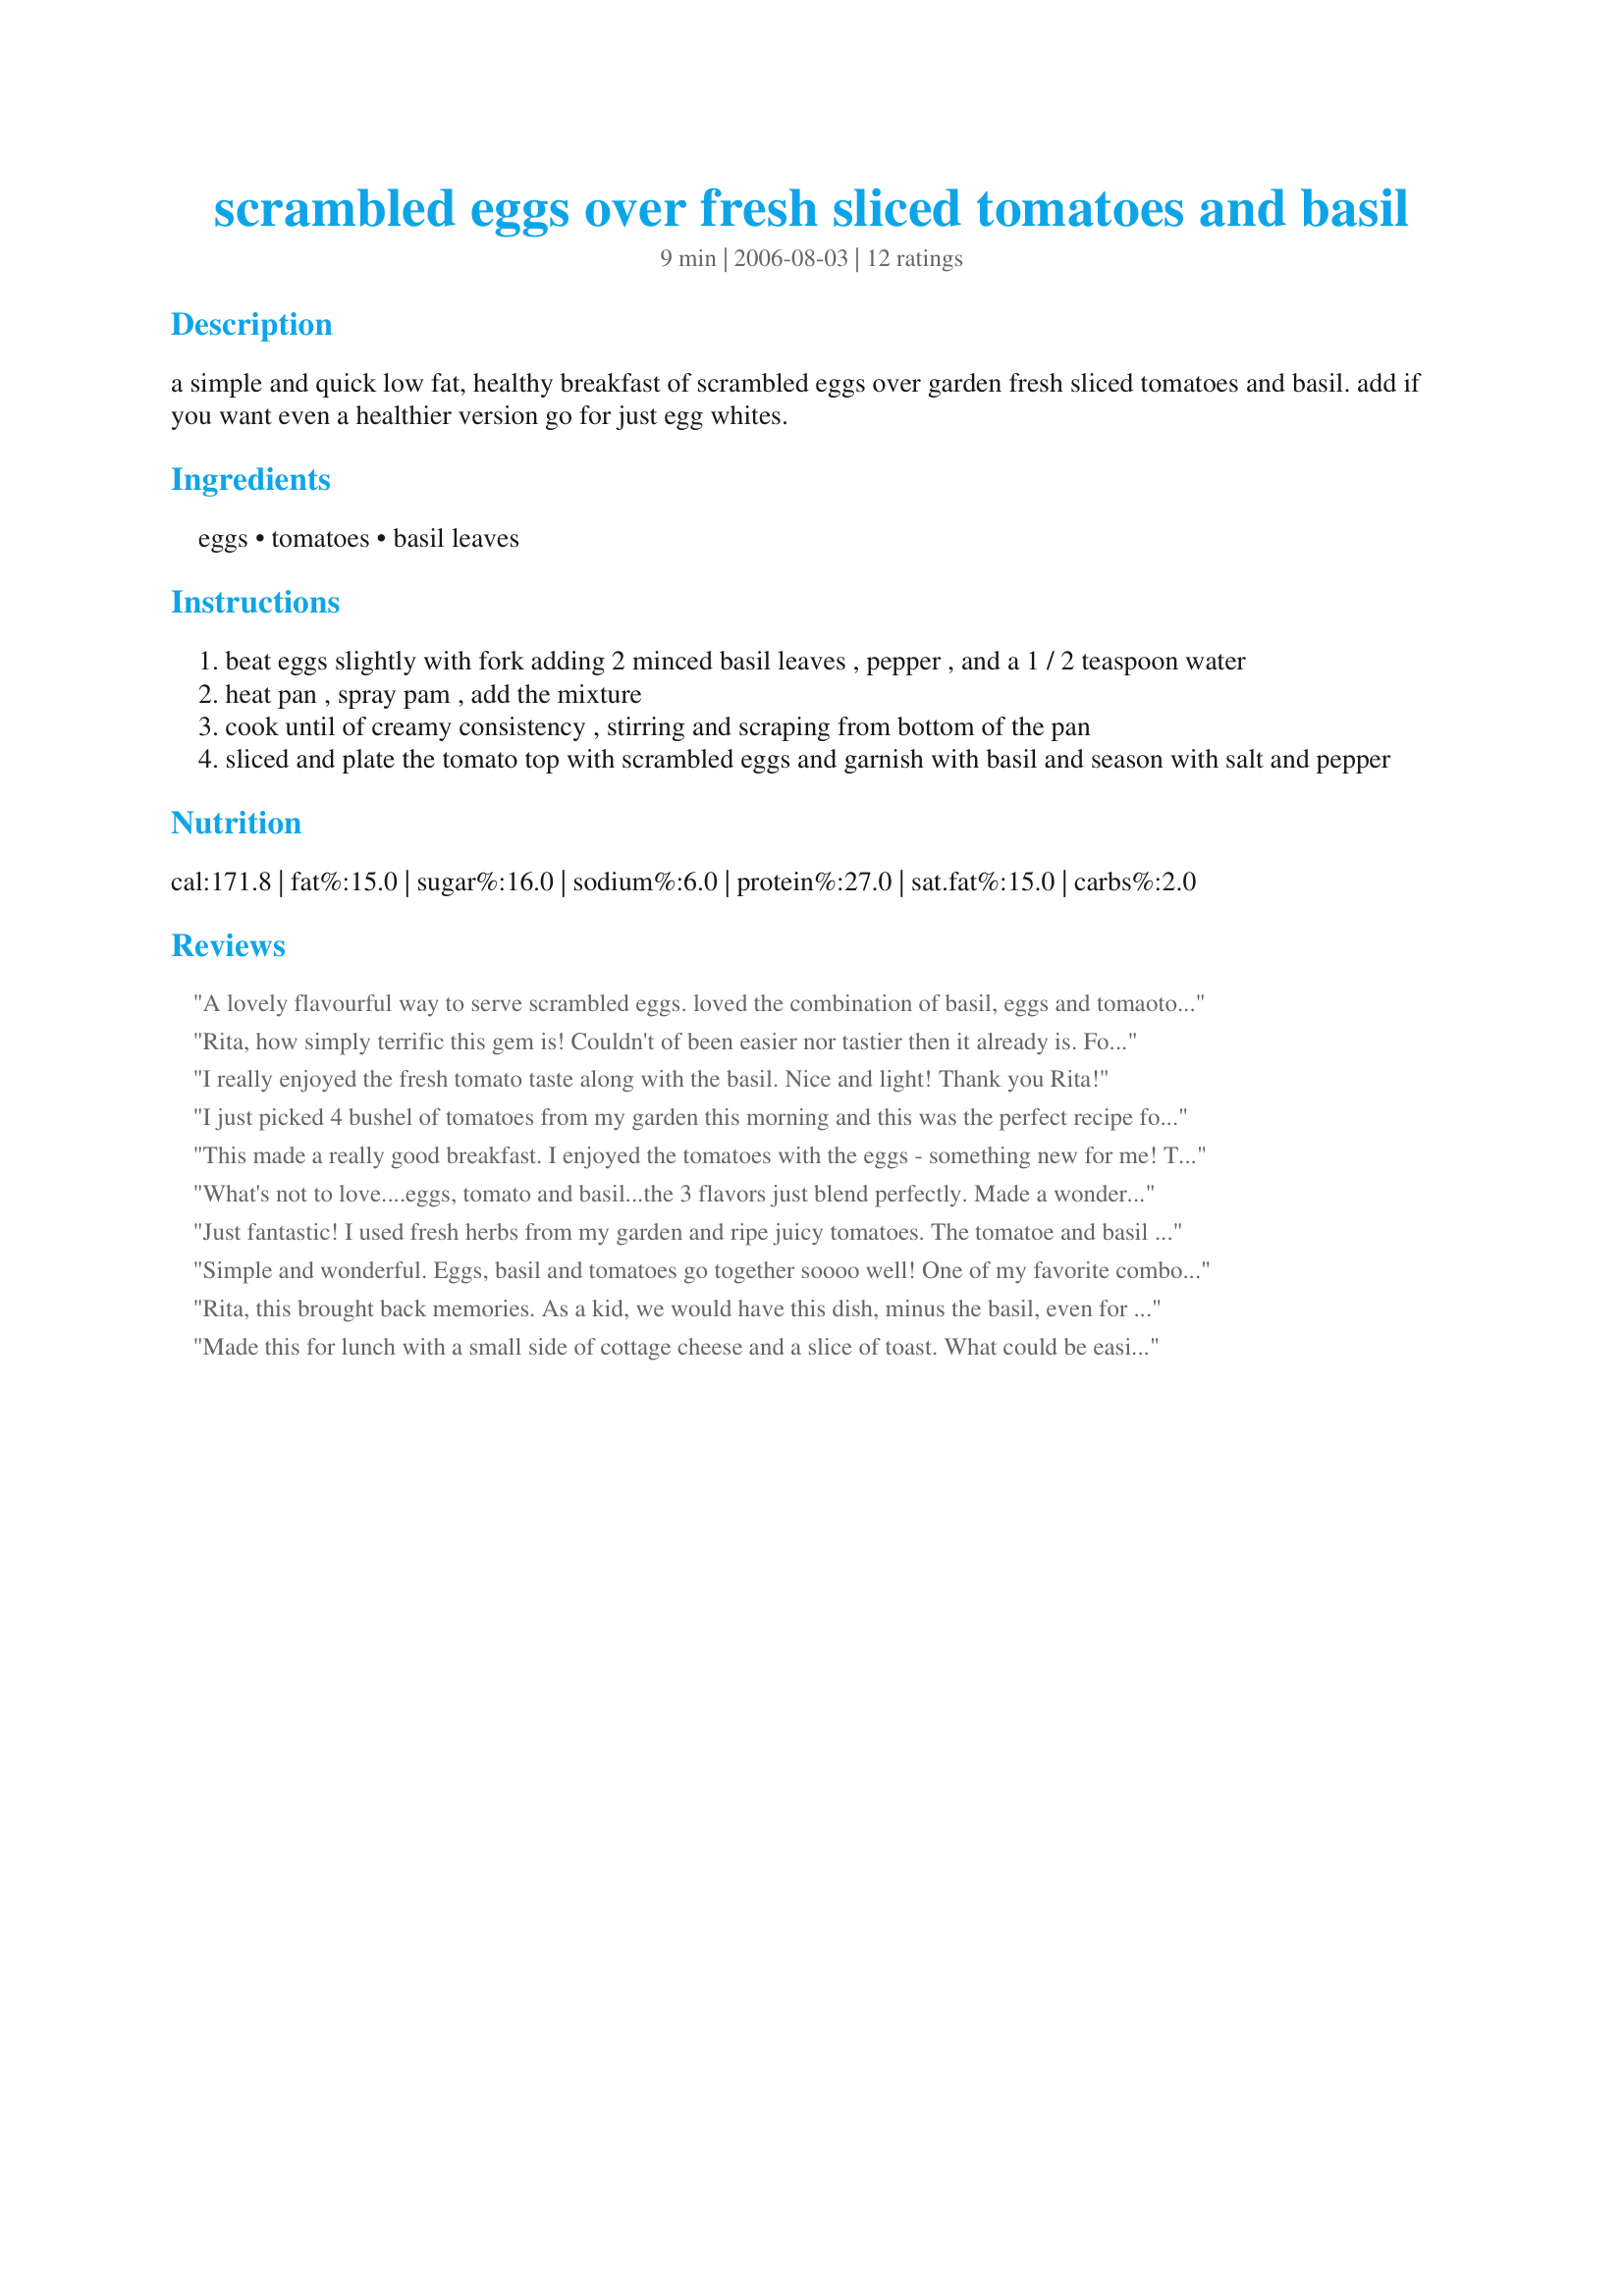
scrambled eggs over fresh sliced tomatoes and basil
Preparation time: 9 minutes

a simple and quick low fat, healthy breakfast of scrambled eggs over garden fresh sliced tomatoes and basil. add if you want even a healthier version go for just egg whites.

Ingredients:
eggs, tomatoes, basil leaves

Steps:
beat eggs slightly with fork adding 2 minced basil leaves , pepper , and a 1 / 2 teaspoon water
heat pan , spray pam , add the mixture
cook until of creamy consistency , stirring and scraping from bottom of the pan
sliced and plate the tomato top with scrambled eggs and garnish with basil and season with salt and pepper

Reviews:
A lovely flavourful way to serve scrambled eggs. loved the combination of basil, eggs and tomaoto and will use it often for a quick meal. Thanks for sharing a tasty repeater!
Rita, how simply terrific this gem is! Couldn't of been easier nor tastier then it already is. Followed this absolutely, just added a couple of minced thai peppers on top for a nice little kick. Makes a beautiful presentation for the weekend, or any brunch that you have. The taste of the basil and tomato coupled with the scrambled egg was very enticing and made us all happy! Thanks, Rita! Made for *ZWT3 07*
I really enjoyed the fresh tomato taste along with the basil. Nice and light! Thank you Rita!
I just picked 4 bushel of tomatoes from my garden this morning and this was the perfect recipe for my best tomato. I love the fresh tomato juice with the egg. Delicious!
This made a really good breakfast. I enjoyed the tomatoes with the eggs - something new for me! Thanks for sharing.
What's not to love....eggs, tomato and basil...the 3 flavors just blend perfectly. Made a wonderful quick breakfast.
Just fantastic! I used fresh herbs from my garden and ripe juicy tomatoes. The tomatoe and basil combo is just terrific. Topped it with a little chopped fresh chives and DH and I loved this. Great recipe idea Rita!! Made for ZWT 3 :)
Simple and wonderful. Eggs, basil and tomatoes go together soooo well! One of my favorite combos. Yum!
Rita, this brought back memories.
As a kid, we would have this dish, minus
the basil, even for dinner. If was
especially good when the local tomatoes
became available. Oh, and now that
I've grown, the fresh basil made this
dish even better. Made this for ZWT3.
Made this for lunch with a small side of cottage cheese and a slice of toast. What could be easier and more satisfying.
We made as an omelet and added asiago cheese. Yum!
We've often had fried tomatoes with breakfast but this was a first with fresh. Just made this with ham & toast for a big breakfast and Carly and I both gave it a thumbs up...we also will be skipping lunch today! ZWT3 Family Pick.
